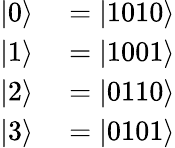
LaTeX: \begin{array}{rl}{|0\rangle}&{{}=|1010\rangle}\\ {|1\rangle}&{{}=|1001\rangle}\\ {|2\rangle}&{{}=|0110\rangle}\\ {|3\rangle}&{{}=|0101\rangle}\end{array}